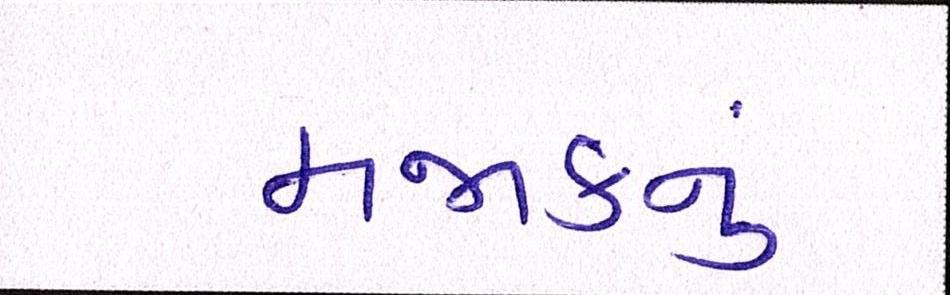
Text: મજાકનું